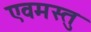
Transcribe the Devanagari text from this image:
एवमस्तु